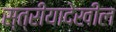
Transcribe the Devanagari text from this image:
स्त्रीयादेखील